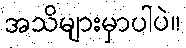
အသိများမှာပါပဲ။